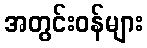
အတွင်းဝန်များ